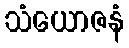
သံယောဇနံ